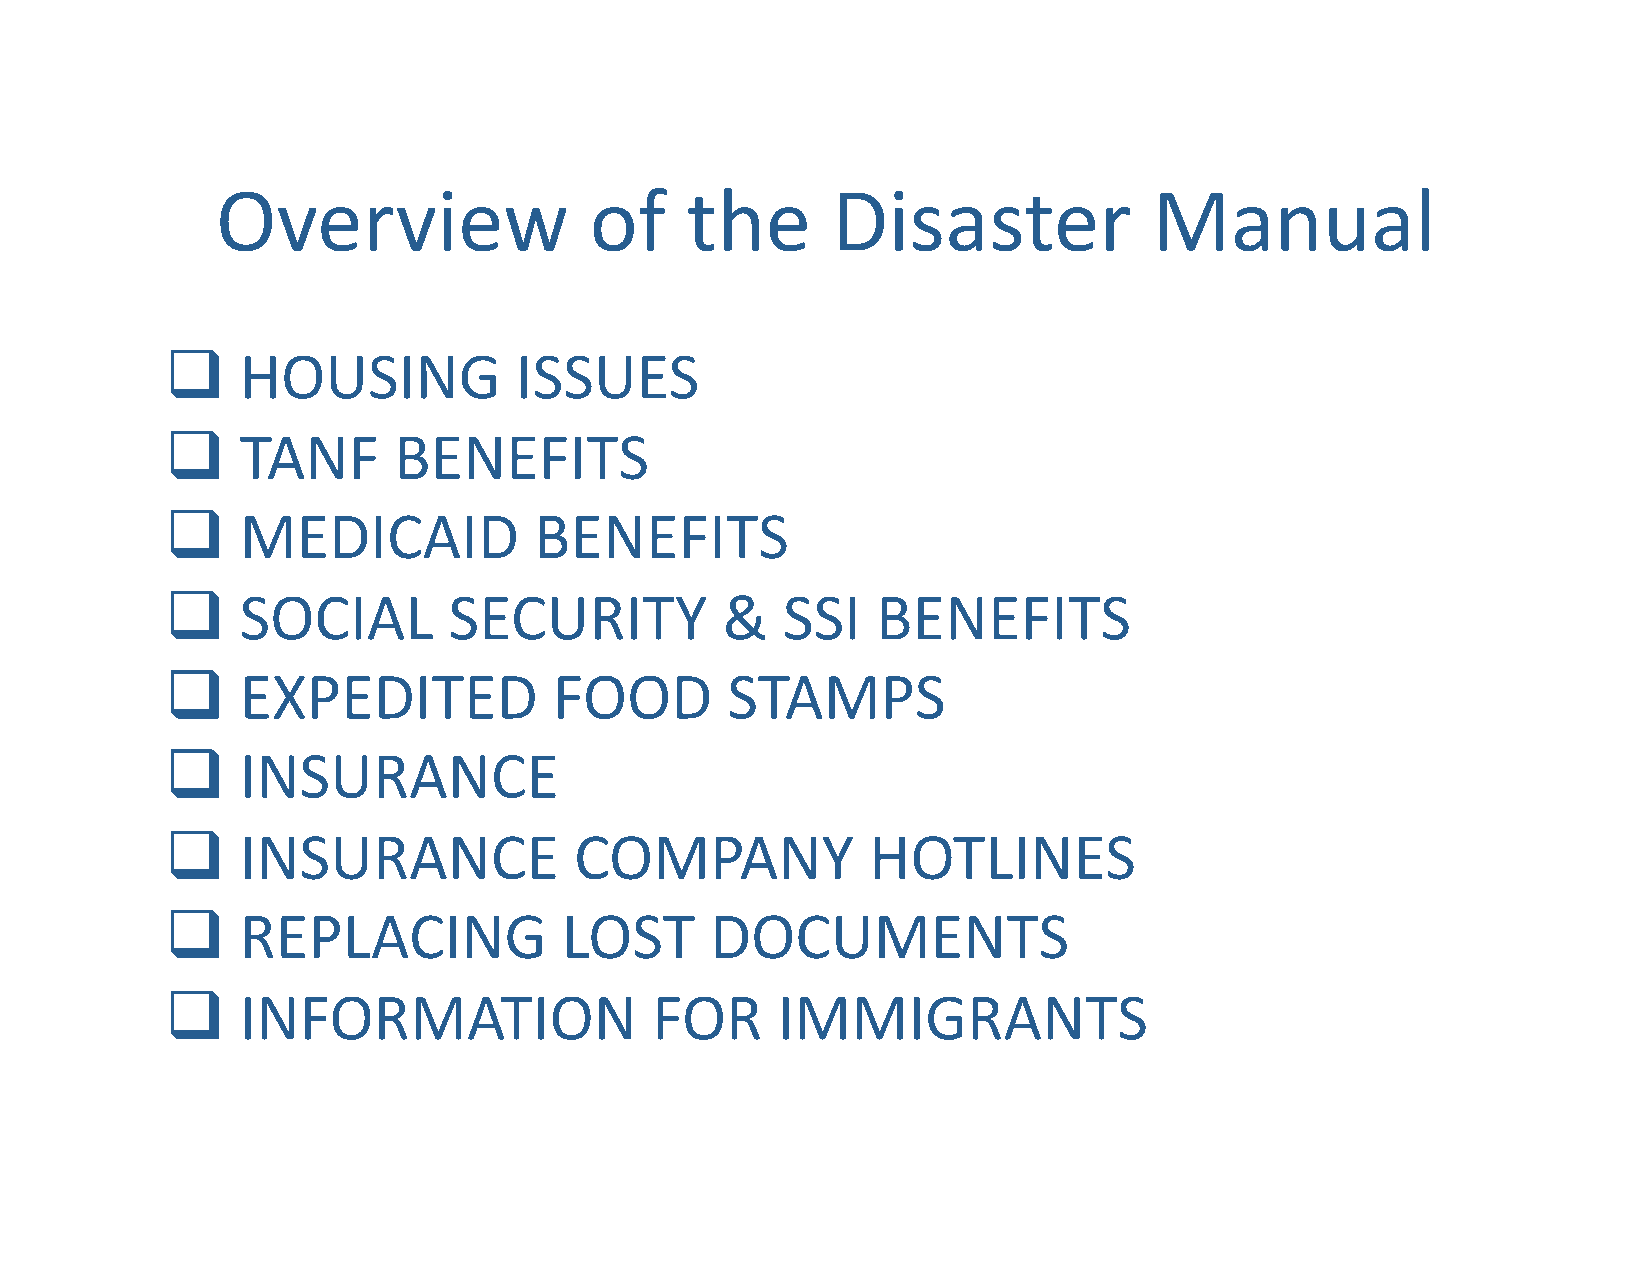
Overview                 of    the       Disaster             Manual
     HOUSING           ISSUES
     TANF      BENEFITS
     MEDICAID           BENEFITS
     SOCIAL        SECURITY          &   SSI   BENEFITS
     EXPEDITED            FOOD       STAMPS
     INSURANCE
     INSURANCE             COMPANY             HOTLINES
     REPLACING            LOST      DOCUMENTS
     INFORMATION                FOR     IMMIGRANTS